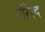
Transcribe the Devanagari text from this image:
परिश्द